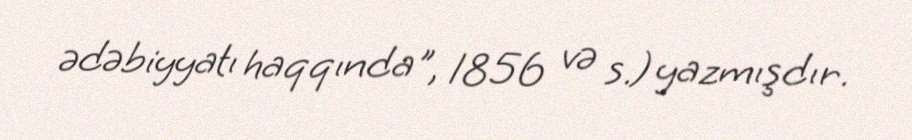
ədəbiyyatı haqqında", 1856 və s.) yazmışdır.